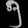
Digit: ၅